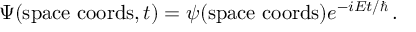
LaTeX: \Psi ( { \mathrm { s p a c e ~ c o o r d s } } , t ) = \psi ( { \mathrm { s p a c e ~ c o o r d s } } ) e ^ { - i { E t / \hbar } } \, .